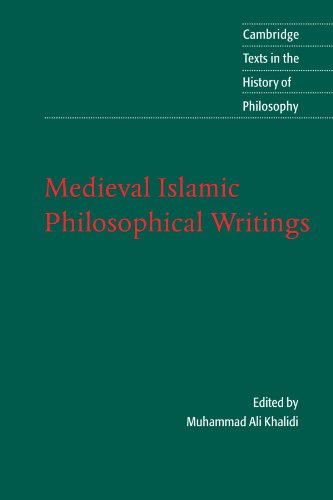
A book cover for Medieval Islamic Philosophical Writings (Cambridge Texts in the History of Philosophy); Politics & Social Sciences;